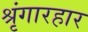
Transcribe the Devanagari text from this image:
श्रृंगारहार